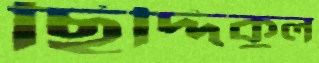
ছিদ্দিকুল